Heimtali_vallavalitsus, lk 36
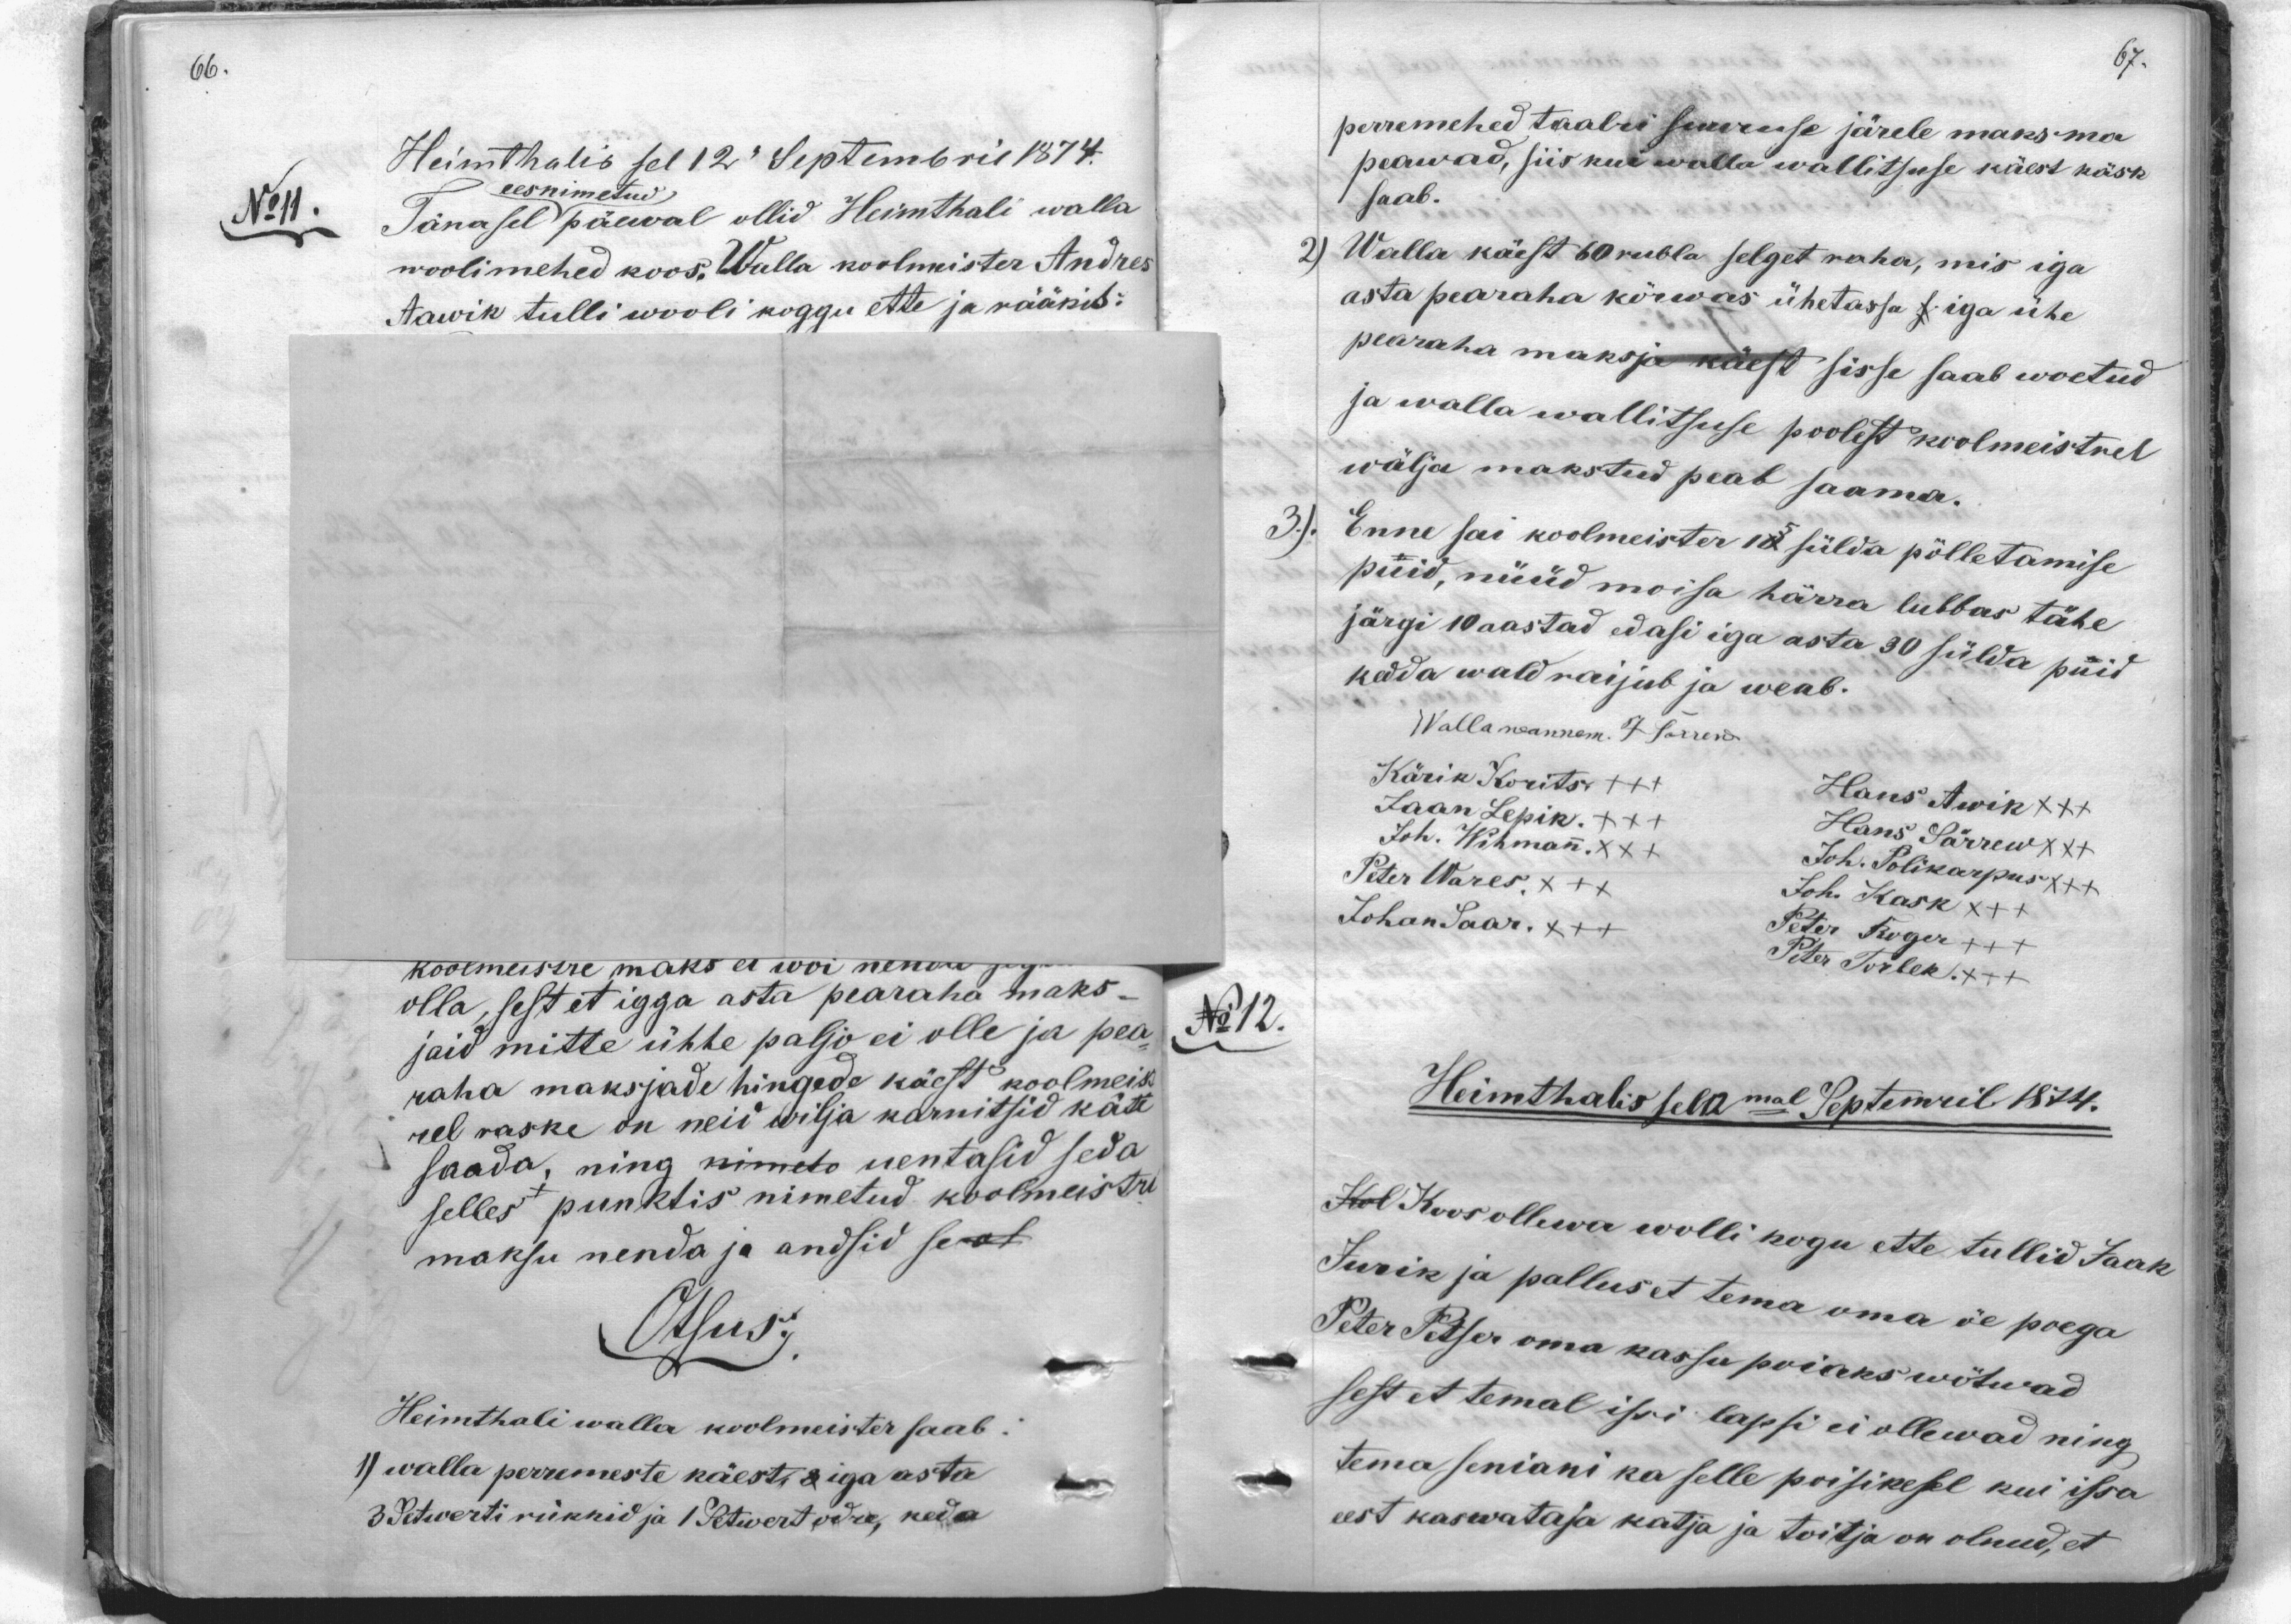
perremehed taalri suuruse järele maksma
peawad, siis kui walla wallitsuse käest käsk
saab.
2) Walla käest 60 rubla selget raha, mis iga
asta pearaha kõrwas ühetassa iga ühe
pearaha maksja käest sisse saab woetud
ja walla walitsuse poolest koolmeistrel
wälja makstud peab saama.
3. Enne sai koolmeister 15 sülda põlletamise
püid, nüüd moisa härra lubbas tähe
järgi 10 aastad edasi iga asta 30 sülda puid
kedda wald raijub ja weab.
Walla wannem. J Särrew
Kärik Korits +++
Jaan Lepik XXX
Hans Awik XXX
Joh. Wihman XXX
Hans Särrew XXX
Peter Wares XXX
Joh. Polikarpus XXX
Johan Saar XXX
Joh. Kask XXX
Peter Roger +++
Peter Torbek XXX
No 12.
Heimthalis sel 12mal Septemril 1874.
Koos ollewa wolli kogu ette tullid Jaak
Jurik ja pallus et tema oma õe poega
Peter Petser oma kassu poiaks wõtwad
sest et temal issi lapsi ei ollewad ning
Tema seniani ka selle poisikesel kui issa
eest kaswataja katja ja toitja on olnud, et